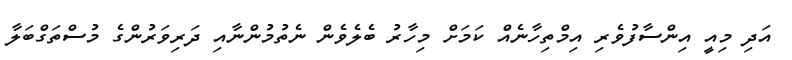
އަދި މިއީ އިންސާފުވެރި އިމްތިހާނެއް ކަމަށް މިހާރު ބެލެވެން ނެތުމުންނާއި ދަރިވަރުންގެ މުސްތަގްބަލާ